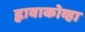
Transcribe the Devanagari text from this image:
ह्लावाकोव्हा